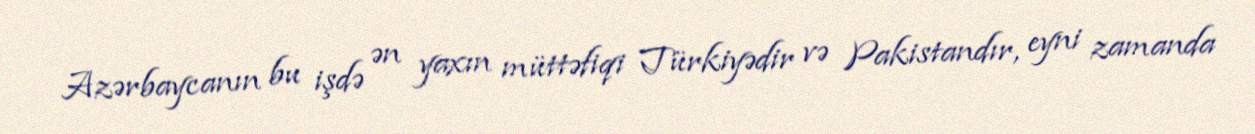
Azərbaycanın bu işdə ən yaxın müttəfiqi Türkiyədir və Pakistandır, eyni zamanda